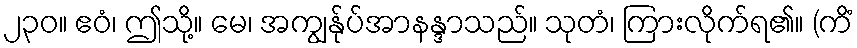
၂၃၀။ ဧဝံ၊ ဤသို့။ မေ၊ အကျွန်ုပ်အာနန္ဒာသည်။ သုတံ၊ ကြားလိုက်ရ၏။ (ကိံ